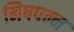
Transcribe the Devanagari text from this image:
निषपन्न